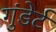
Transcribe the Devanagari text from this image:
गुंडेर्ट